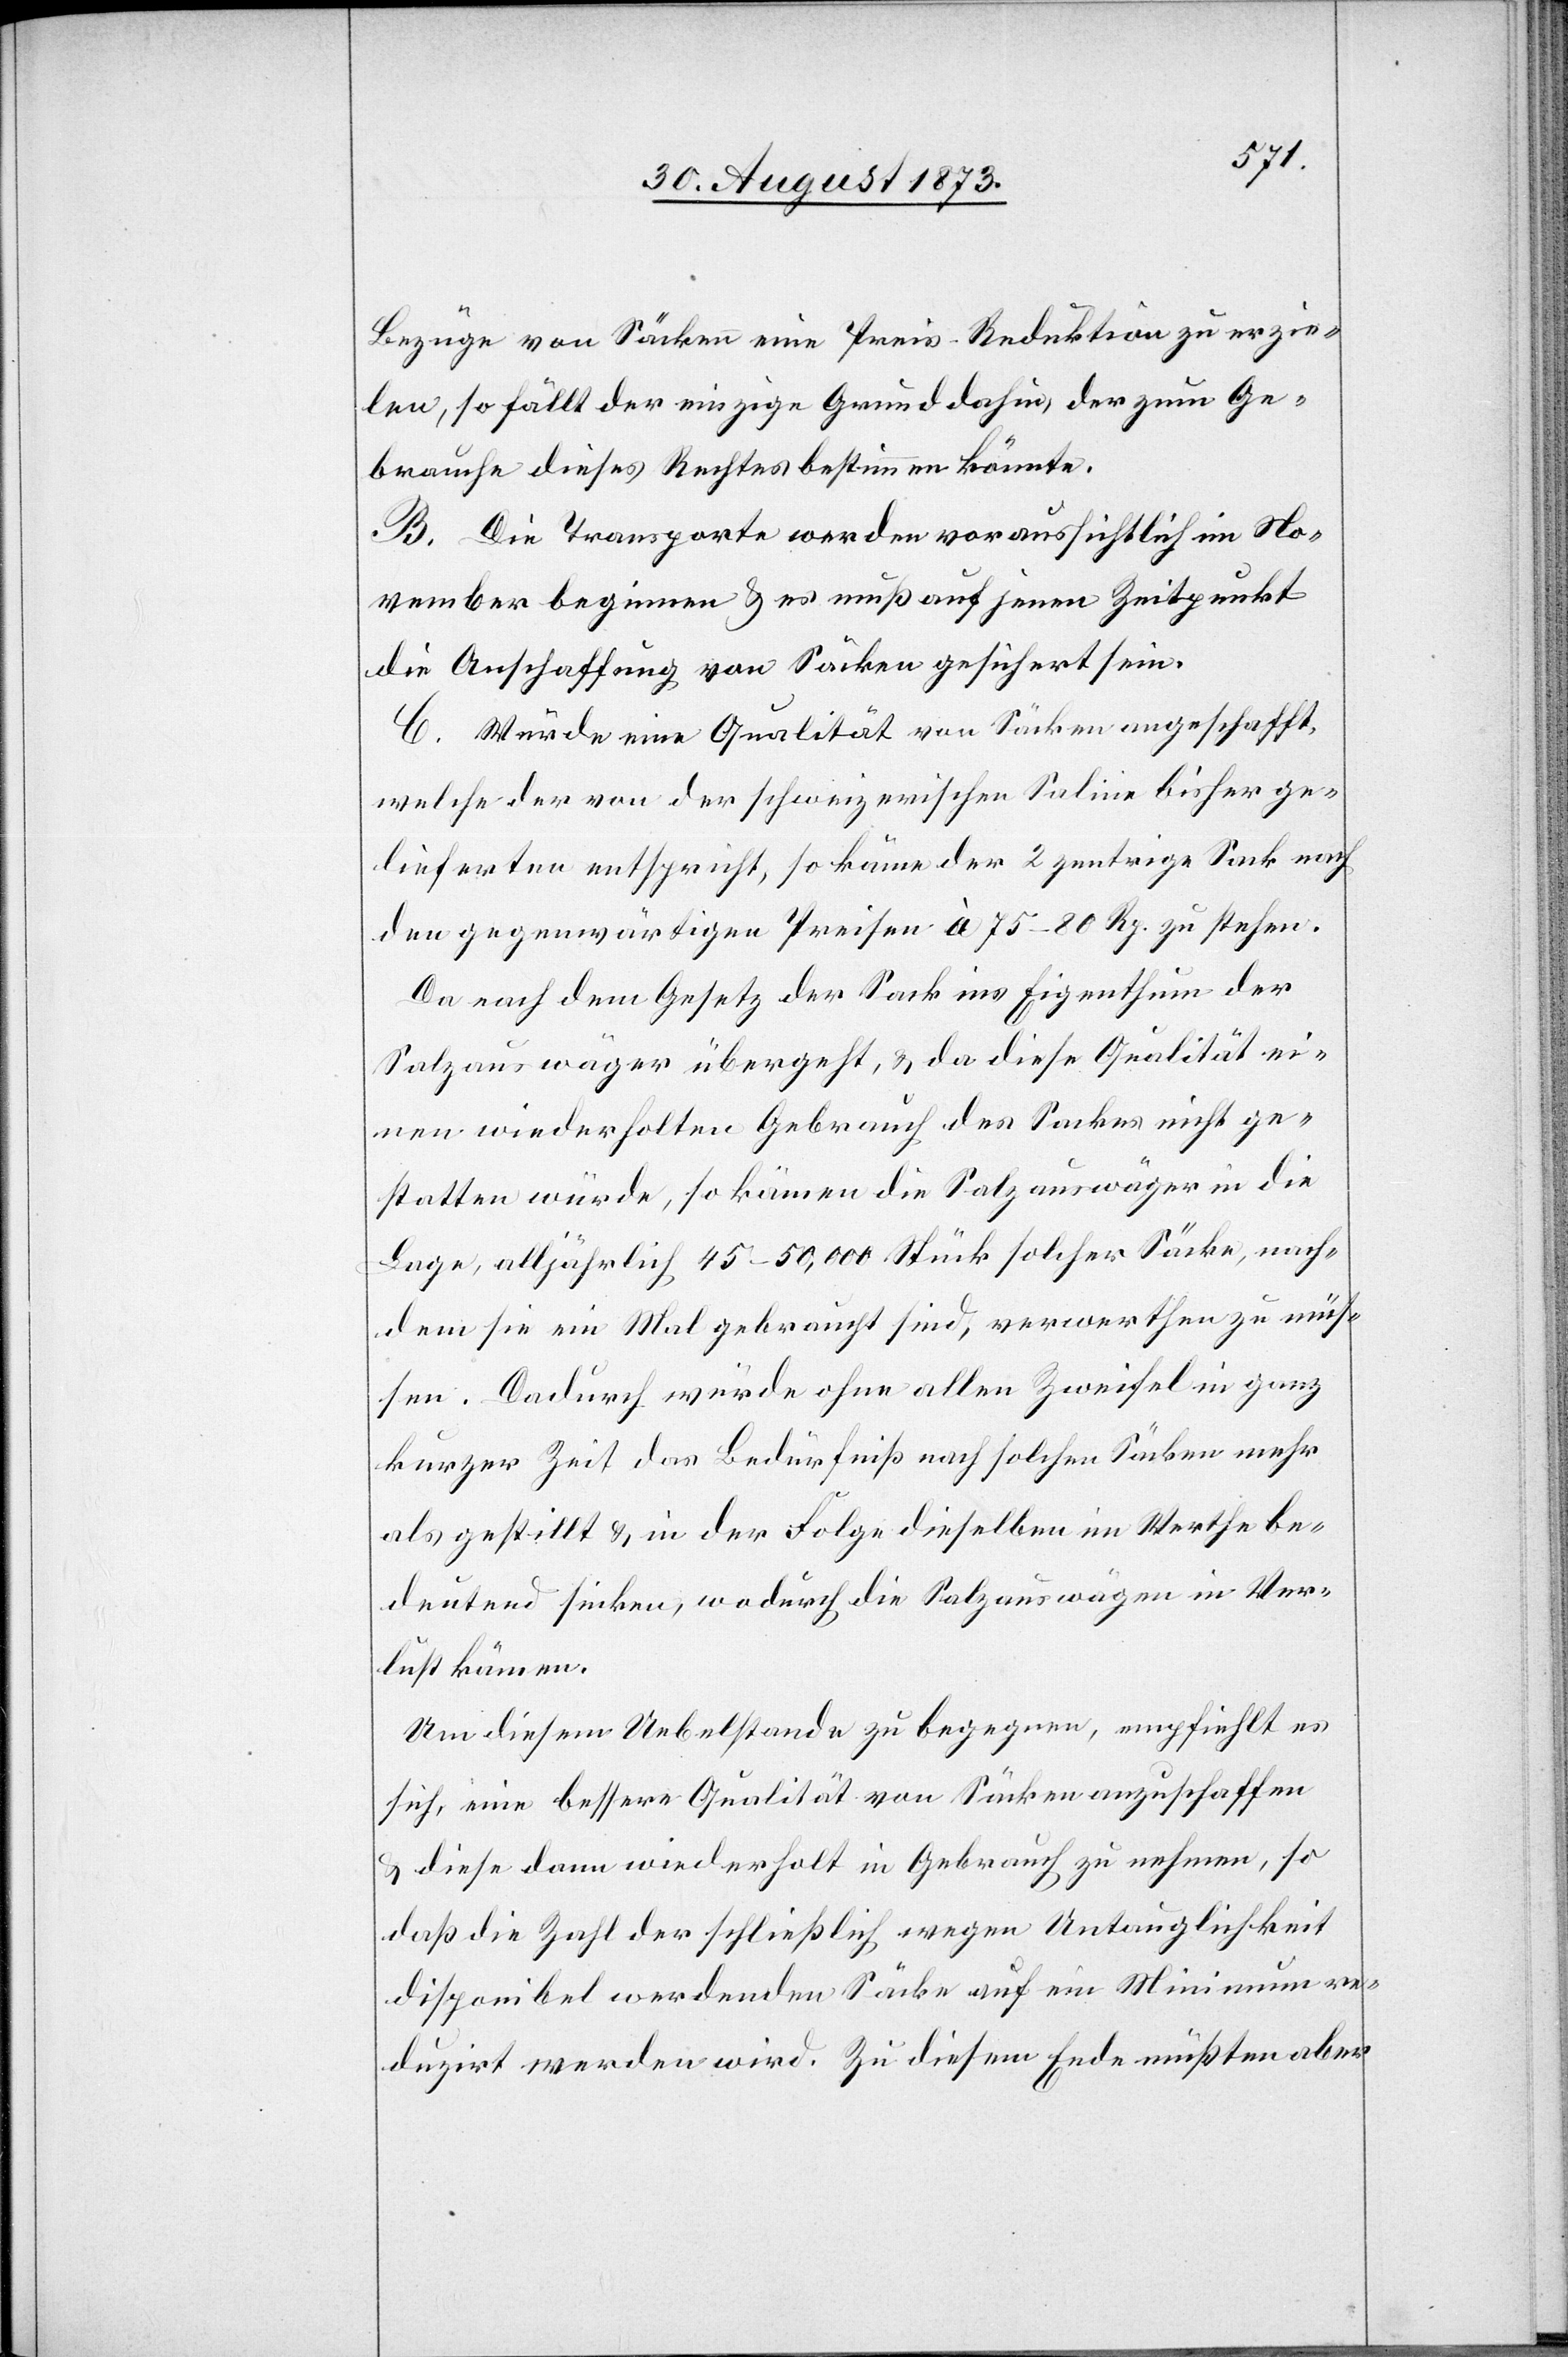
Ver¬
Bezüge von Säcken eine Preis-Reduktion zu erzie¬
len, so fällt der einzige Grund dahin, der zum Ge¬
brauche dieses Rechtes bestimmen könnte.
B. Die Transporte werden voraussichtlich im No¬
vember beginnen & es muß auf jenen Zeitpunkt
die Anschaffung von Säcken gesichert sein.
C. Würde eine Qualität von Säcken angeschafft,
welche der von der schweizerischen Saline bisher ge¬
lieferten entspricht, so käme der 2 zentrige Sack nach
den gegenwärtigen Preisen à 75–80 Rp. zu stehen.
Da nach dem Gesetz der Sack ins Eigenthum der
Salzauswäger übergeht, & da diese Qualität ei¬
nen wiederholten Gebrauch des Sackes nicht ge¬
statten würde, so kämen die Salzauswäger in die
Lage, alljährlich 45–50,000 Stück solcher Säcke, nach¬
dem sie ein Mal gebraucht sind, verwerthen zu müs¬
sen. Dadurch würde ohne allen Zweifel in ganz
kurzer Zeit das Bedürfniß nach solchen Säcken mehr
als gestillt & in der Folge dieselben im Werthe be¬
deutend sinken, wodurch die Salzauswägen [r¬
lust kämen.
Um diesem Uebelstande zu begegnen, empfiehlt es
sich, eine bessere Qualität von Säcken anzuschaffen
& diese dann wiederholt in Gebrauch zu nehmen, so
daß die Zahl der schließlich wegen Untauglichkeit
disponibel werdenden Säcke auf ein Minimum re¬
duzirt werden wird. Zu diesem Ende müßten aber